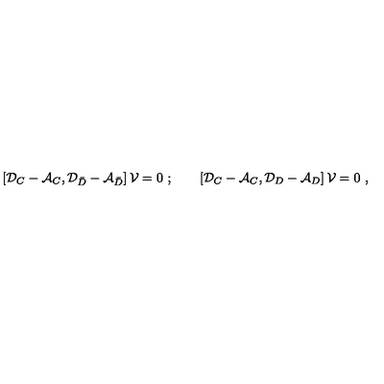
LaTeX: \left[ { \cal D } _ { C } - { \cal A } _ { C } , { \cal D } _ { \bar { D } } - { \cal A } _ { \bar { D } } \right] { \cal V } = 0 \ ; \qquad \left[ { \cal D } _ { C } - { \cal A } _ { C } , { \cal D } _ { D } - { \cal A } _ { D } \right] { \cal V } = 0 \ ,